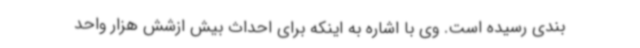
بندی رسیده است. وی با اشاره به اینکه برای احداث بیش ازشش هزار واحد